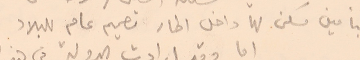
بتأمين مسكن لها داخل اطار تصميم عام للبلاد